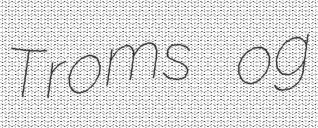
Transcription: Troms og